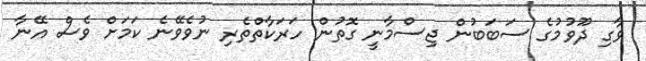
ވާގި ދޫވުމުގެ ސަބަބުން ޖިސްމާނީ ގޮތުން ހަރަކާތްތެރި ނުވެވޭނެ ކަމަށް ވެސް އޭނާ